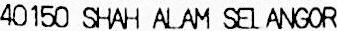
40150 SHAH ALAM SELANGOR